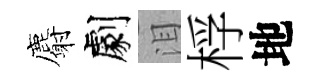
麝劇泪桴地